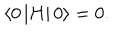
\left\langle 0 \left| H \right| 0 \right\rangle = 0 .